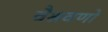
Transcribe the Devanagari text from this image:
वैश्रवणो